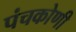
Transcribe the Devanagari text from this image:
पंचकोणी